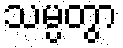
သမ္ပတွာ